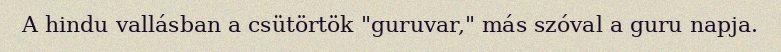
A hindu vallásban a csütörtök "guruvar," más szóval a guru napja.